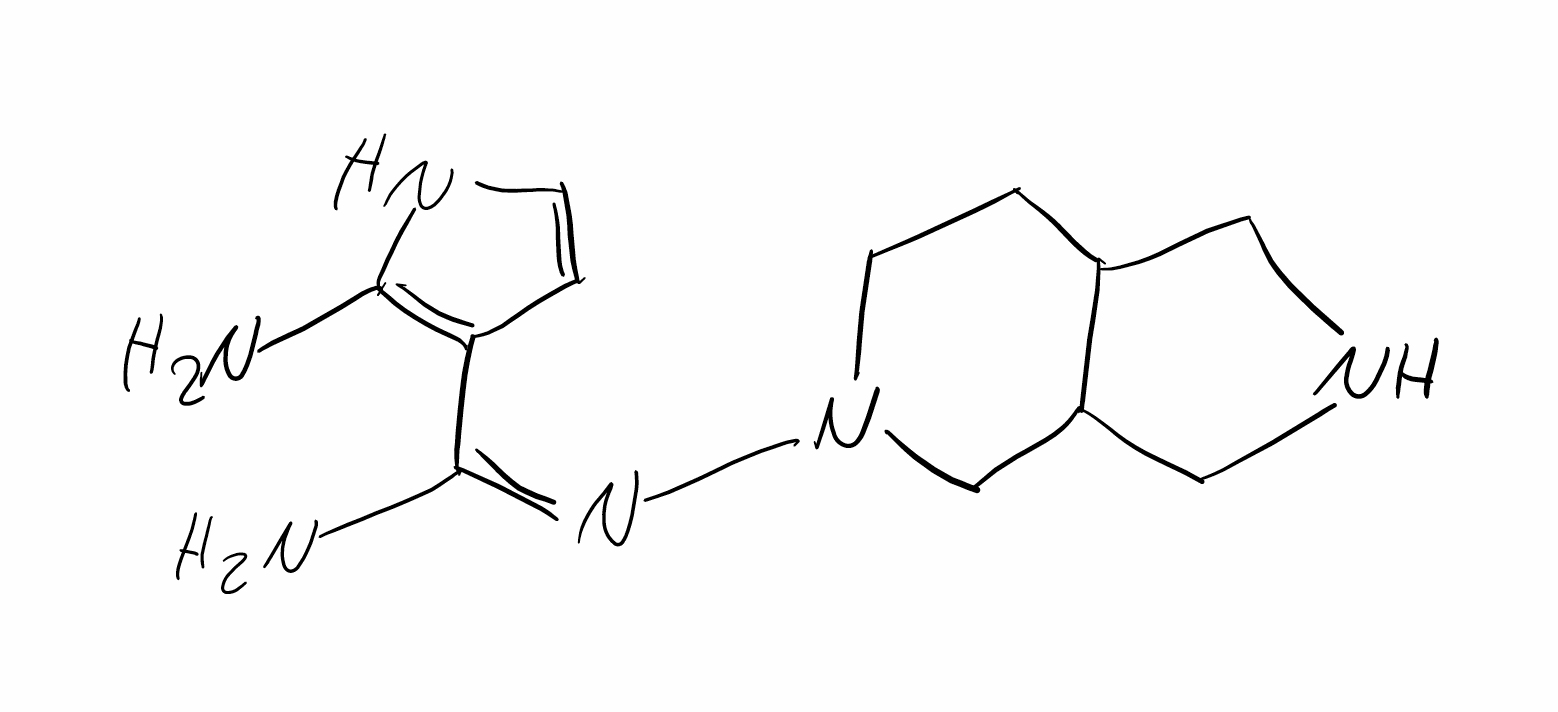
Simplified molecular-input line-entry system (SMILES) notation of the given molecule:
C1CN(CC2C1CNC2)/N=C(\C3=C(NC=C3)N)/N